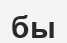
бы